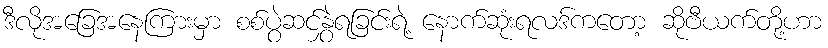
ဒီလိုအခြေအနေကြားမှာ စစ်ပွဲဆင်နွှဲရခြင်းရဲ့ နောက်ဆုံးရလဒ်ကတော့ ဆိုဗီယက်တို့ဟာ